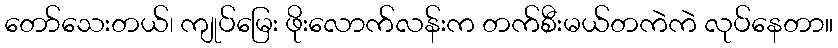
တော်သေးတယ်၊ ကျုပ်မြေး ဖိုးလောက်လန်းက တက်စီးမယ်တကဲကဲ လုပ်နေတာ။